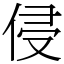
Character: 侵